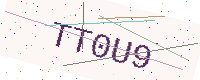
Text: TT0U9